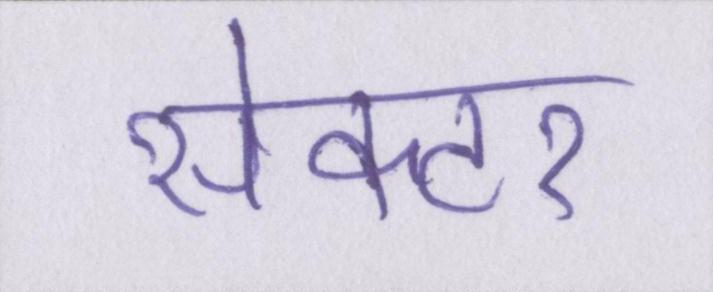
सेक्टर